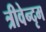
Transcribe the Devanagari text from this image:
त्रीवेन्दृम